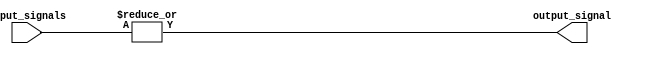
module OR_gate (
    input [63:0] input_signals,
    output reg output_signal
);

always @(*)
begin
    output_signal = |input_signals; // Bitwise OR operation on all input signals
end

endmodule